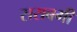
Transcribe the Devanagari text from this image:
सराबगी